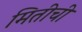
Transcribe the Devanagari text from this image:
मितीची